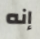
إنه